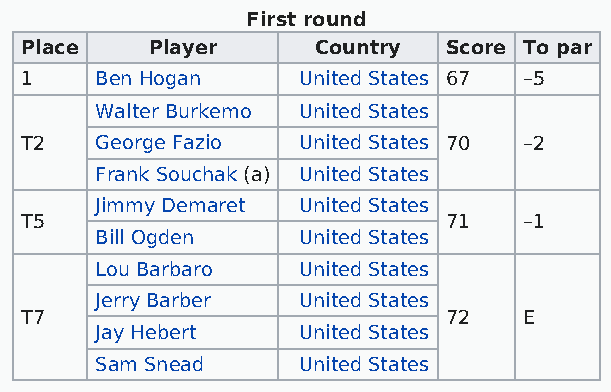
First round
 Place    Player     Country Score To par
 1    Ben Hogan     United States 67 –5
 Walter Burkemo United States
 T2   George Fazio  United States 70 –2
 Frank Souchak (a) United States
 Jimmy Demaret United States
 T5                          71    –1
 Bill Ogden    United States
 Lou Barbaro   United States
 Jerry Barber  United States
 T7                          72    E
 Jay Hebert    United States
 Sam Snead     United States